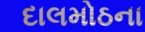
દાલમોઠના